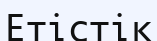
Етістік